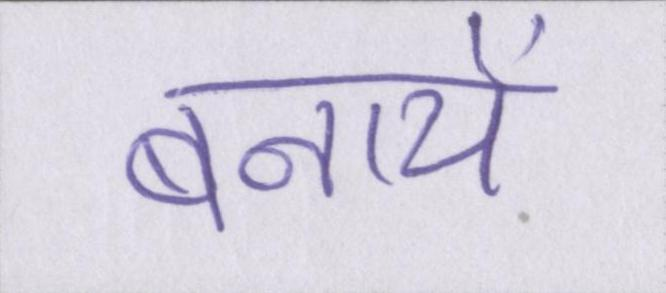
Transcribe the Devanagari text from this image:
बनायें